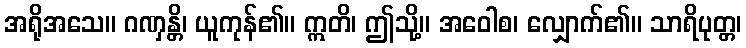
အရိုအသေ။ ဂဏှန္တိ၊ ယူကုန်၏။ ဣတိ၊ ဤသို့။ အဝေါစ၊ လျှောက်၏။ သာရိပုတ္တ၊